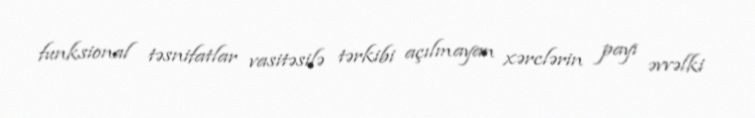
funksional təsnifatlar vasitəsilə tərkibi açılmayan xərclərin payı əvvəlki